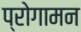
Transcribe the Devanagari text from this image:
प्रोगामन